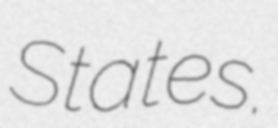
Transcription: States.